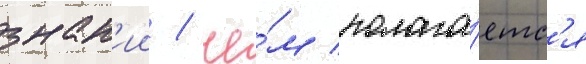
знан'ии / че́м полага́етс'я